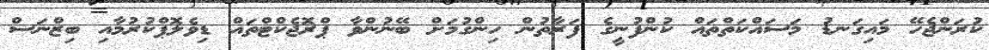
ކުރަންޖެހޭ މައިގަނޑު މަސައްކަތްތައް ކުންފުނީގެ ފަރާތުން ހިންގުމަށް ބޭނުންވާ ޕްރޮޖެކްޓްތައް ޑިވެލޮޕްކުރުމާއި ބިޒްނަސް